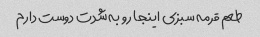
طعم قرمه سبزی اینجا رو به شدت دوست دارم